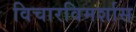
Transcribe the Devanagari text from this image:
विचारविमर्शास